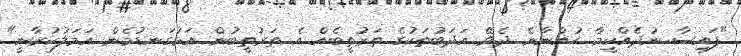
"ފައިސާ ނުދެއްކީމާ ހުއްނާނެ ދެެވޭ އަދަބުތަކުގެ ތަރުތީބެއް އެ ތަރުތީބުން އަޅުގަނޑުމެން އަމަލުކުރާނީ"